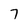
Character: 7